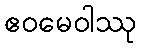
ဧဝမေဝါဿု